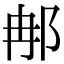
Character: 𨚗